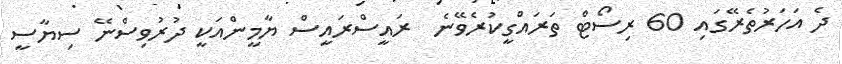
ދެ އަހަރުތެރޭގައި 60 ރިސޯޓް ތަރައްގީކުރެވޭނެ  ރައީސްރައީސް ޔާމީންއަކީ ދުރުވިސްނޭ ސިޔާސީ